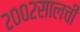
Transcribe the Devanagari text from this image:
२००२सालची